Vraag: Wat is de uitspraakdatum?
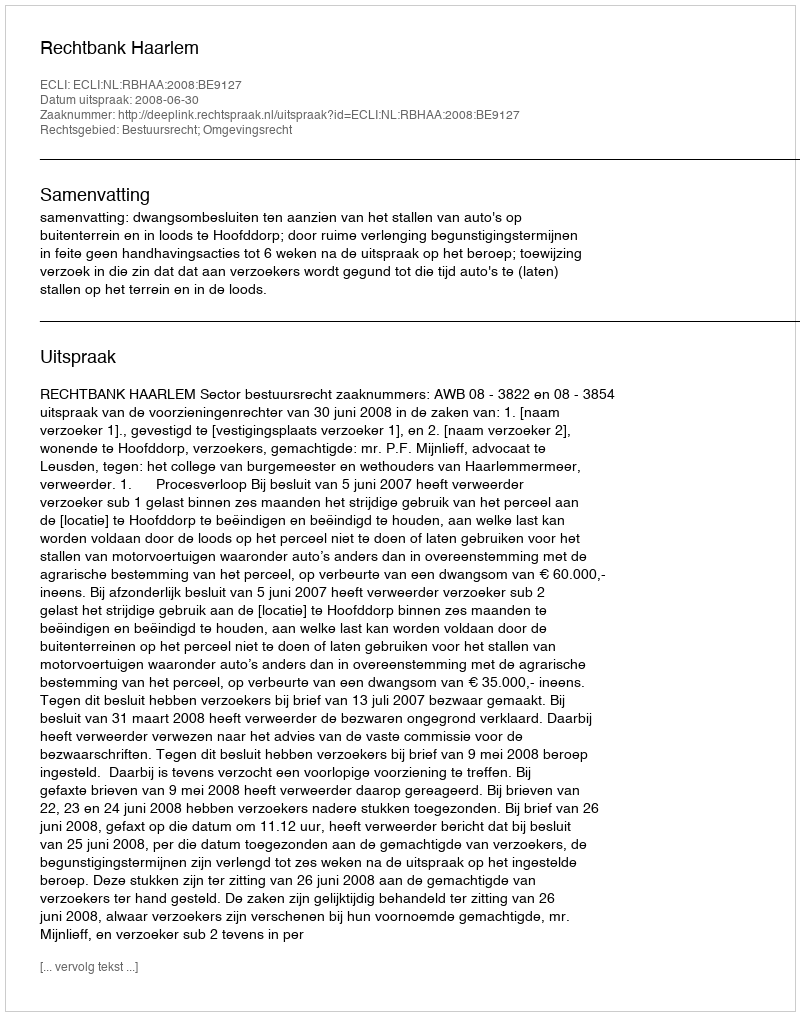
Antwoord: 2008-06-30